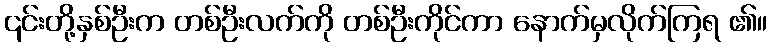
၎င်းတို့နှစ်ဦးက တစ်ဦးလက်ကို တစ်ဦးကိုင်ကာ နောက်မှလိုက်ကြရ ၏။